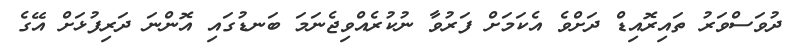
ދުވަސްވަރު ތައިރޮއިޑް ދަށްވެ އެކަމަށް ފަރުވާ ނުކުރެއްވިޖެނަމަ ބަނޑުގައި އޮންނަ ދަރިފުޅަށް އޭގެ